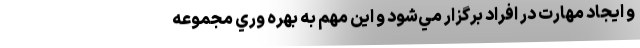
و ايجاد مهارت در افراد برگزار مي‌شود و اين مهم به بهره وري مجموعه